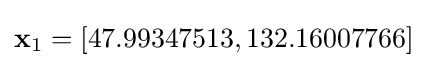
\mathbf {x} _{1}=\left[47.99347513,132.16007766\right]